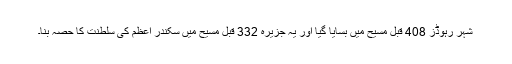
شہر رہوڈز 408 قبل مسیح میں بسایا گیا اور یہ جزیرہ 332 قبل مسیح میں سکندر اعظم کی سلطنت کا حصہ بنا۔